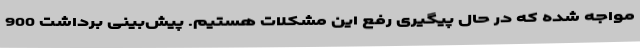
مواجه شده که در حال پیگیری رفع این مشکلات هستیم. پیش‌بینی برداشت 900